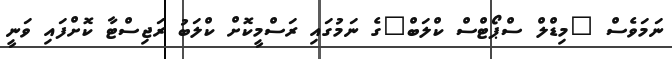
ނަމަވެސް "މިޑްލް ސްޕޯޓްސް ކްލަބް"ގެ ނަމުގައި ރަސްމީކޮށް ކްލަބު ރަޖިސްޓާ ކޮށްފައި ވަނީ